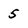
Character: 5